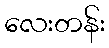
လေးတန်း